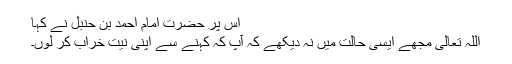
اس پر حضرت امام احمد بن حنبل نے کہا
اللہ تعالیٰ مجھے ایسی حالت میں نہ دیکھے کہ آپ کہ کہنے سے اپنی نیت خراب کر لوں۔